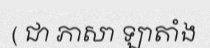
( ជា ភាសា ឡាតាំង